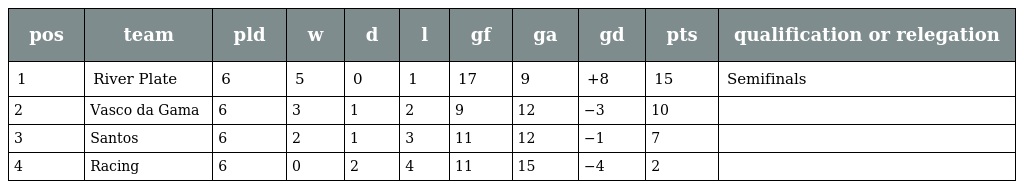
| pos | team | pld | w | d | l | gf | ga | gd | pts | qualification or relegation |
 | --- | --- | --- | --- | --- | --- | --- | --- | --- | --- | --- |
 | 1 | River Plate | 6 | 5 | 0 | 1 | 17 | 9 | +8 | 15 | Semifinals |
 | 2 | Vasco da Gama | 6 | 3 | 1 | 2 | 9 | 12 | −3 | 10 |  |
 | 3 | Santos | 6 | 2 | 1 | 3 | 11 | 12 | −1 | 7 |  |
 | 4 | Racing | 6 | 0 | 2 | 4 | 11 | 15 | −4 | 2 |  |